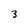
Character: 3